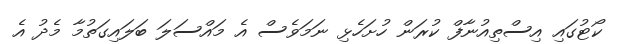
ކޯޓުގައި އިސްތިއުނާފް ކުރަން ހުށަހެޅި ނަމަވެސް އެ މައްސަލަ ބަލައިގަތުމާ މެދު އެ